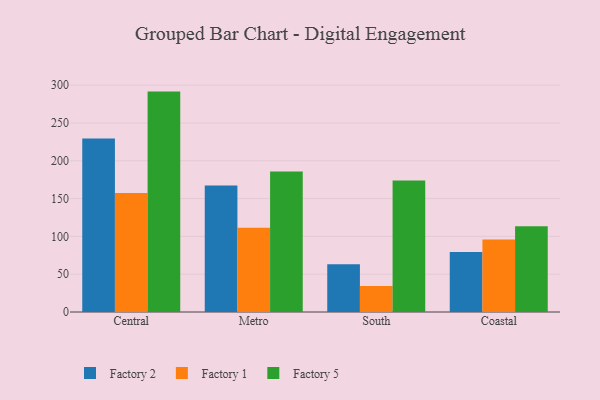
{"axis": {"x": "Region", "y": "Net Income (USD K)"}, "legend": ["Factory 1", "Factory 2", "Factory 5"], "data": [{"x": "Central", "y": 229.6, "type": "Factory 2"}, {"x": "Central", "y": 157.4, "type": "Factory 1"}, {"x": "Central", "y": 291.5, "type": "Factory 5"}, {"x": "Metro", "y": 167.3, "type": "Factory 2"}, {"x": "Metro", "y": 111.3, "type": "Factory 1"}, {"x": "Metro", "y": 185.9, "type": "Factory 5"}, {"x": "South", "y": 63.0, "type": "Factory 2"}, {"x": "South", "y": 34.5, "type": "Factory 1"}, {"x": "South", "y": 173.9, "type": "Factory 5"}, {"x": "Coastal", "y": 79.3, "type": "Factory 2"}, {"x": "Coastal", "y": 96.0, "type": "Factory 1"}, {"x": "Coastal", "y": 113.3, "type": "Factory 5"}]}